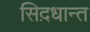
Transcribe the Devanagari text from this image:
सिद़धान्‍त